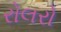
રોલરો